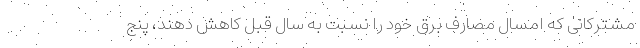
مشترکانی که امسال مصارف برق خود را نسبت به سال قبل کاهش دهند، پنج